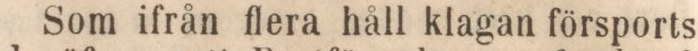
Som ifrån flera håll klagan försports